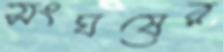
সংঘষের